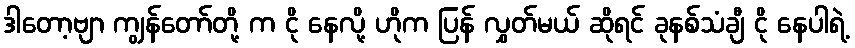
ဒါတော့ဗျာ ကျွန်တော်တို့ က ငို နေလို့ ဟိုက ပြန် လွှတ်မယ် ဆိုရင် ခုနစ်သံချီ ငို နေပါရဲ့